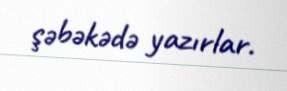
şəbəkədə yazırlar.